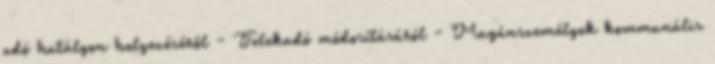
adó hatályon helyezéséről - Telekadó módosításáról - Magánszemélyek kommunális